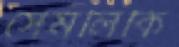
সেমলিকি